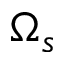
\Omega _ { s }